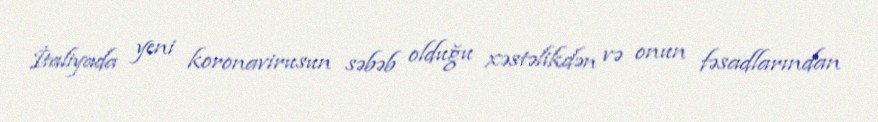
İtaliyada yeni koronavirusun səbəb olduğu xəstəlikdən və onun fəsadlarından